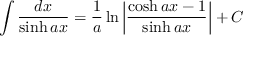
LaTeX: \int { \frac { d x } { \sinh a x } } = { \frac { 1 } { a } } \ln \left| { \frac { \cosh a x - 1 } { \sinh a x } } \right| + C